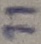
Text: 11